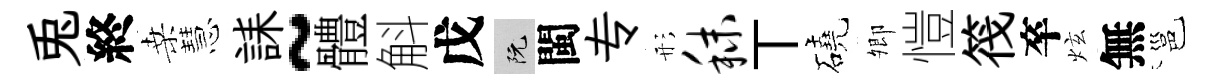
兎終桑慧誄~體斛戊阮閩专形秣丅磽𡖖愷筏卒炫無邕